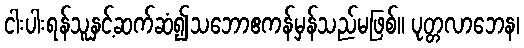
ငါးပါးရန်သူနှင့်ဆက်ဆံ၍သဘောဧကန်မှန်သည်မဖြစ်။ ပုတ္တလာဘေန၊